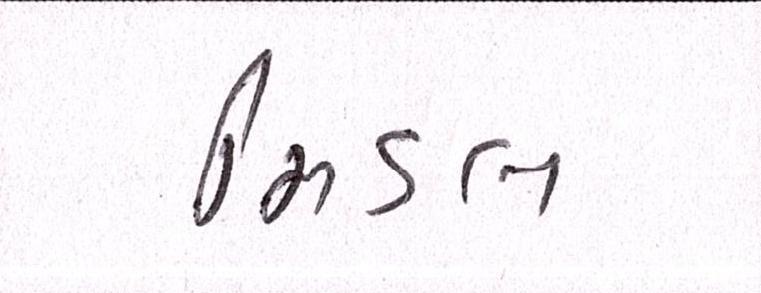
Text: મિડલ